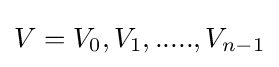
V=V_{0},V_{1},.....,V_{n-1}